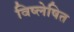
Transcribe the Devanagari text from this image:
विष्लेषित